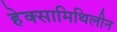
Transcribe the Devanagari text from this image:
हेक्सामिथिलीन